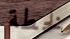
لخطة